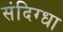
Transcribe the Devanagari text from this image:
संदिग्धा